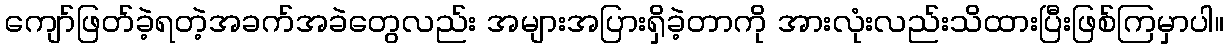
ကျော်ဖြတ်ခဲ့ရတဲ့အခက်အခဲတွေလည်း အများအပြားရှိခဲ့တာကို အားလုံးလည်းသိထားပြီးဖြစ်ကြမှာပါ။